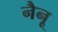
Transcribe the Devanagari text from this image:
नैनू